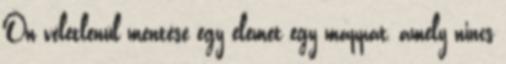
Ön véletlenül mentése egy elemet egy mappát, amely nincs